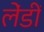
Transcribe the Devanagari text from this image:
लेंडीं